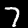
Digit: 7